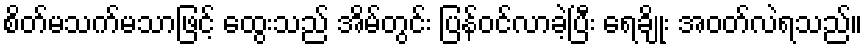
စိတ်မသက်မသာဖြင့် ထွေးသည် အိမ်တွင်း ပြန်ဝင်လာခဲ့ပြီး ရေချိုး အဝတ်လဲရသည်။